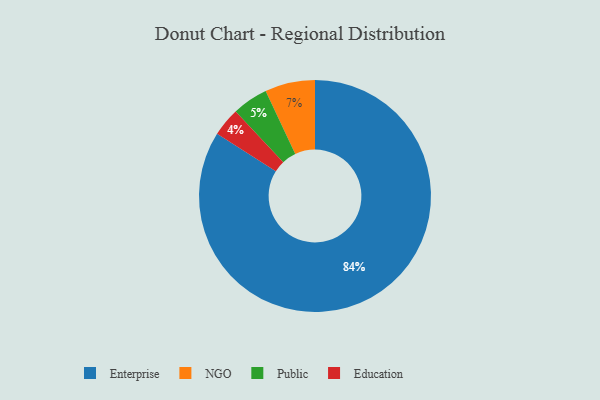
{"axis": {"x": "Category", "y": "Percentage"}, "legend": ["Education", "Enterprise", "NGO", "Public"], "data": [{"x": "NGO", "y": 7, "type": "NGO"}, {"x": "Public", "y": 5, "type": "Public"}, {"x": "Education", "y": 4, "type": "Education"}, {"x": "Enterprise", "y": 84, "type": "Enterprise"}]}